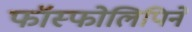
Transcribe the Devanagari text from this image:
फॉस्फोलिपिने